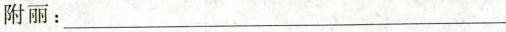
附丽：___